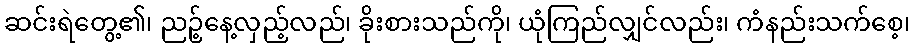
ဆင်းရဲတွေ့၏၊ ညဉ့်နေ့လှည့်လည်၊ ခိုးစားသည်ကို၊ ယုံကြည်လျှင်လည်း၊ ကံနည်းသက်စေ့၊